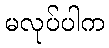
မလုပ်ပါက